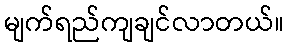
မျက်ရည်ကျချင်လာတယ်။